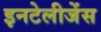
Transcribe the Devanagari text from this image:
इनटेलीजेंस